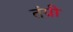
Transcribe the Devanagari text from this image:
तंग्री